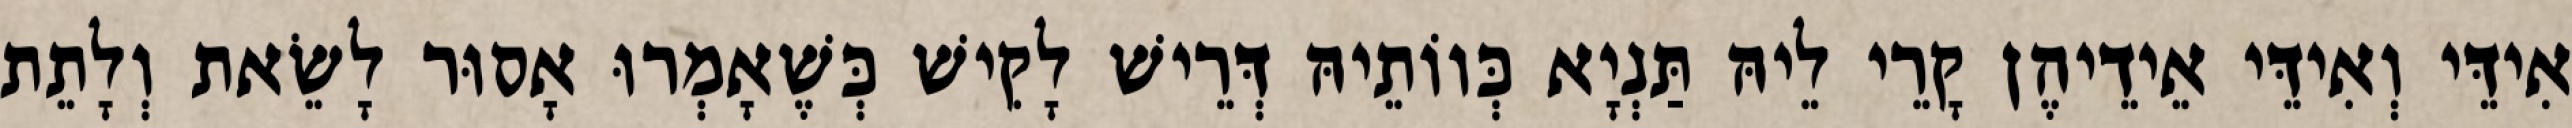
אִידֵּי וְאִידֵּי אֵידֵיהֶן קָרֵי לֵיהּ תַּנְיָא כְּווֹתֵיהּ דְּרֵישׁ לָקִישׁ כְּשֶׁאָמְרוּ אָסוּר לָשֵׂאת וְלָתֵת